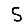
Digit: 5